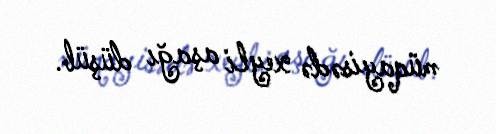
müqayisədə xeyli aşağı düşüb.